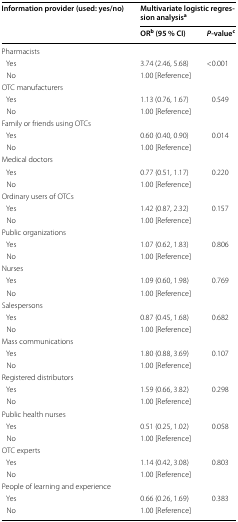
| <ROWSPAN=2> Information provider (used: yes/no) | <COLSPAN=2> Multivariate logistic regression analysisa |
 | ORb (95 % CI) | P-valuec |
 | --- | --- | --- |
 | <COLSPAN=3> Pharmacists |
 | Yes | 3.74 (2.46, 5.68) | <0.001 |
 | No | 1.00 [Reference] |  |
 | <COLSPAN=3> OTC manufacturers |
 | Yes | 1.13 (0.76, 1.67) | 0.549 |
 | No | 1.00 [Reference] |  |
 | <COLSPAN=3> Family or friends using OTCs |
 | Yes | 0.60 (0.40, 0.90) | 0.014 |
 | No | 1.00 [Reference] |  |
 | <COLSPAN=3> Medical doctors |
 | Yes | 0.77 (0.51, 1.17) | 0.220 |
 | No | 1.00 [Reference] |  |
 | <COLSPAN=3> Ordinary users of OTCs |
 | Yes | 1.42 (0.87, 2.32) | 0.157 |
 | No | 1.00 [Reference] |  |
 | <COLSPAN=3> Public organizations |
 | Yes | 1.07 (0.62, 1.83) | 0.806 |
 | No | 1.00 [Reference] |  |
 | <COLSPAN=3> Nurses |
 | Yes | 1.09 (0.60, 1.98) | 0.769 |
 | No | 1.00 [Reference] |  |
 | <COLSPAN=3> Salespersons |
 | Yes | 0.87 (0.45, 1.68) | 0.682 |
 | No | 1.00 [Reference] |  |
 | <COLSPAN=3> Mass communications |
 | Yes | 1.80 (0.88, 3.69) | 0.107 |
 | No | 1.00 [Reference] |  |
 | <COLSPAN=3> Registered distributors |
 | Yes | 1.59 (0.66, 3.82) | 0.298 |
 | No | 1.00 [Reference] |  |
 | <COLSPAN=3> Public health nurses |
 | Yes | 0.51 (0.25, 1.02) | 0.058 |
 | No | 1.00 [Reference] |  |
 | <COLSPAN=3> OTC experts |
 | Yes | 1.14 (0.42, 3.08) | 0.803 |
 | No | 1.00 [Reference] |  |
 | <COLSPAN=3> People of learning and experience |
 | Yes | 0.66 (0.26, 1.69) | 0.383 |
 | No | 1.00 [Reference] |  |